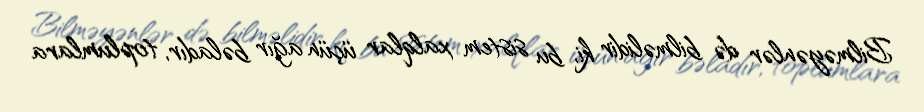
Bilməyənlər də bilməlidir ki, bu sistem xalqlar üçün ağır bəladır, toplumlara